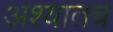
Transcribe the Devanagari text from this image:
अश्यातच